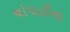
ચોપાટીના